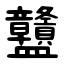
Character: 䀍